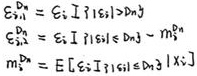
\begin{align}
\varepsilon_{n1}^{\mathrm{a}}&=\epsilon_{i}\mathbb{I}\left[s_{i1}>d_{n1}\right]\\
\varepsilon_{n2}^{\mathrm{a}}&=\epsilon_{i}\mathbb{I}\left[s_{i1}\leq d_{n1}\right] - m_{n}^{\mathrm{a}}\\
m_{n}^{\mathrm{a}}&=\mathbb{E}\left[\epsilon_{i}\mathbb{I}\left[s_{i1}\leq d_{n1}\right]\mid x_{i}\right]
\end{align}